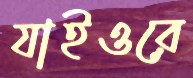
যাইওরে